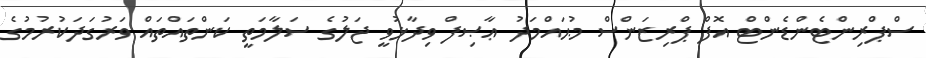
ސްޕްރިންޓެންޑެންޓް އޮފް ޕްރިޒަންސް މުޙައްމަދު ޢާޞިފް ވިދާޅުވީ ޖަލުގެ ސަލާމަތީ ކަންތައްތައް ވަރުގަދަކުރުމުގެ